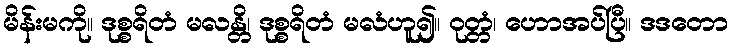
မိန်းမကို။ ဒုစ္စရိတံ မလန္တိ၊ ဒုစ္စရိတံ မလံဟူ၍။ ဝုတ္တံ၊ ဟောအပ်ပြီ။ ဒဒတော